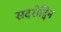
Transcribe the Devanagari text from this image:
सदरोद्दिन